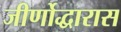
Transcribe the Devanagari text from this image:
जीर्णोद्धारास